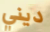
ديني